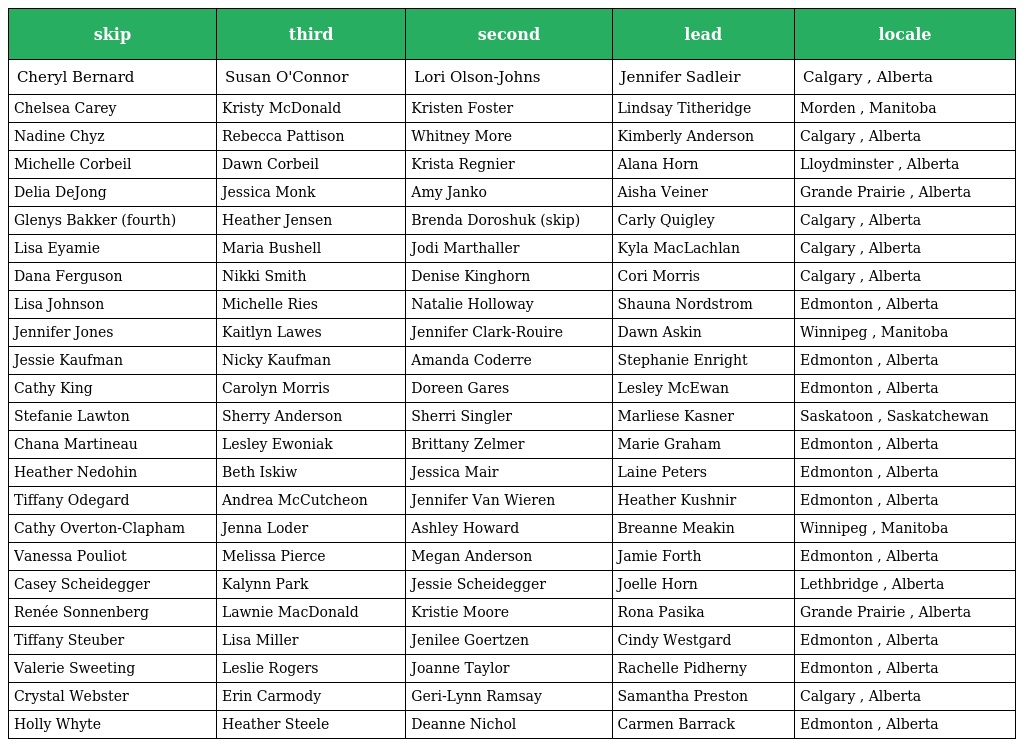
| skip | third | second | lead | locale |
 | --- | --- | --- | --- | --- |
 | Cheryl Bernard | Susan O'Connor | Lori Olson-Johns | Jennifer Sadleir | Calgary , Alberta |
 | Chelsea Carey | Kristy McDonald | Kristen Foster | Lindsay Titheridge | Morden , Manitoba |
 | Nadine Chyz | Rebecca Pattison | Whitney More | Kimberly Anderson | Calgary , Alberta |
 | Michelle Corbeil | Dawn Corbeil | Krista Regnier | Alana Horn | Lloydminster , Alberta |
 | Delia DeJong | Jessica Monk | Amy Janko | Aisha Veiner | Grande Prairie , Alberta |
 | Glenys Bakker (fourth) | Heather Jensen | Brenda Doroshuk (skip) | Carly Quigley | Calgary , Alberta |
 | Lisa Eyamie | Maria Bushell | Jodi Marthaller | Kyla MacLachlan | Calgary , Alberta |
 | Dana Ferguson | Nikki Smith | Denise Kinghorn | Cori Morris | Calgary , Alberta |
 | Lisa Johnson | Michelle Ries | Natalie Holloway | Shauna Nordstrom | Edmonton , Alberta |
 | Jennifer Jones | Kaitlyn Lawes | Jennifer Clark-Rouire | Dawn Askin | Winnipeg , Manitoba |
 | Jessie Kaufman | Nicky Kaufman | Amanda Coderre | Stephanie Enright | Edmonton , Alberta |
 | Cathy King | Carolyn Morris | Doreen Gares | Lesley McEwan | Edmonton , Alberta |
 | Stefanie Lawton | Sherry Anderson | Sherri Singler | Marliese Kasner | Saskatoon , Saskatchewan |
 | Chana Martineau | Lesley Ewoniak | Brittany Zelmer | Marie Graham | Edmonton , Alberta |
 | Heather Nedohin | Beth Iskiw | Jessica Mair | Laine Peters | Edmonton , Alberta |
 | Tiffany Odegard | Andrea McCutcheon | Jennifer Van Wieren | Heather Kushnir | Edmonton , Alberta |
 | Cathy Overton-Clapham | Jenna Loder | Ashley Howard | Breanne Meakin | Winnipeg , Manitoba |
 | Vanessa Pouliot | Melissa Pierce | Megan Anderson | Jamie Forth | Edmonton , Alberta |
 | Casey Scheidegger | Kalynn Park | Jessie Scheidegger | Joelle Horn | Lethbridge , Alberta |
 | Renée Sonnenberg | Lawnie MacDonald | Kristie Moore | Rona Pasika | Grande Prairie , Alberta |
 | Tiffany Steuber | Lisa Miller | Jenilee Goertzen | Cindy Westgard | Edmonton , Alberta |
 | Valerie Sweeting | Leslie Rogers | Joanne Taylor | Rachelle Pidherny | Edmonton , Alberta |
 | Crystal Webster | Erin Carmody | Geri-Lynn Ramsay | Samantha Preston | Calgary , Alberta |
 | Holly Whyte | Heather Steele | Deanne Nichol | Carmen Barrack | Edmonton , Alberta |